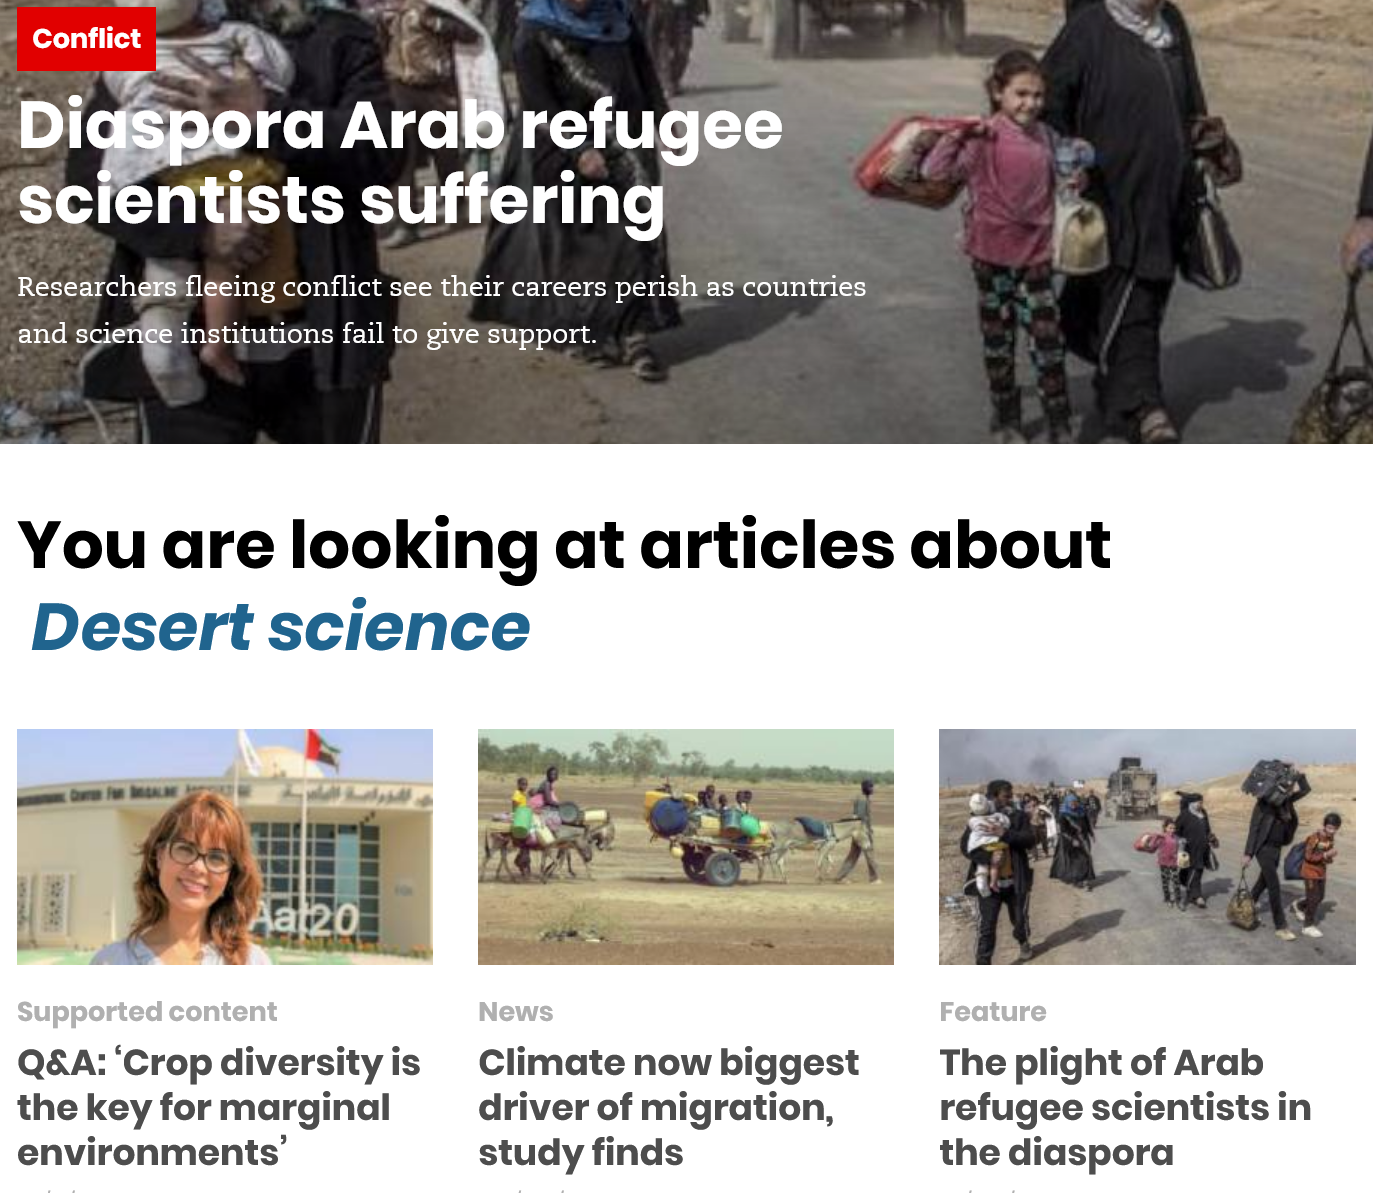
Diggpera    Arab    refugee
  scientists    suffering
   Conflict
  Researchers fleeing conflict see their careers perish as countries
  and Proto  institutions fail to give support.
  You    are    looking    at   articles    about
   Desert    science
  Q&A: ‘Crop    diversity  is
  the  key for  marginal
  environments’
     Climate    now   biggest
     driver  of migration,
     study finds
     The plight   of Arab
     refugee scientists    in
     the  diaspora
     Feature News Supported content